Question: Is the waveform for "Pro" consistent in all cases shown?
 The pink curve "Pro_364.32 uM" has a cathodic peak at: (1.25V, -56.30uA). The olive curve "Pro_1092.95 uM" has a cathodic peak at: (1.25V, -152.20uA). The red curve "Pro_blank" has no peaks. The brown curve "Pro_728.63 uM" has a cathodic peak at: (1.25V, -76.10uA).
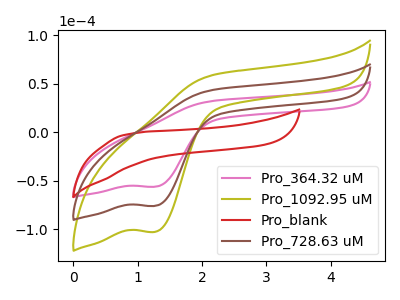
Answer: <think>All the peaks in "Pro_364.32 uM" have a peak in "Pro_1092.95 uM" at the same potential. Every peak in "Pro_364.32 uM" is lower than every peak in "Pro_1092.95 uM". "Pro_364.32 uM" and "Pro_blank" have a different number of peaks. All the peaks in "Pro_364.32 uM" have a peak in "Pro_728.63 uM" at the same potential. Every peak in "Pro_364.32 uM" is lower than every peak in "Pro_728.63 uM". "Pro_1092.95 uM" and "Pro_blank" have a different number of peaks. All the peaks in "Pro_1092.95 uM" have a peak in "Pro_728.63 uM" at the same potential. Every peak in "Pro_1092.95 uM" is higher than every peak in "Pro_728.63 uM". "Pro_blank" and "Pro_728.63 uM" have a different number of peaks.
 </think>
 <answer>All the CV's of "Pro" have similar shape.</answer>
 <eval>follow_rule</eval>